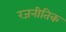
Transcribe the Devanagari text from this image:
रजनीतिक